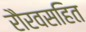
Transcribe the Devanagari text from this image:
रौरवसहित